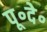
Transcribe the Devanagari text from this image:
पू॰दे॰